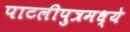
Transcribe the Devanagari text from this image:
पाटलीपुत्रमध्ये